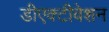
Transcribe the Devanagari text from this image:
डीएक्टीवेशन